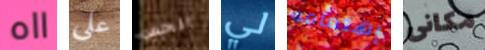
ااه علي الحس لي إهتمامه مكانى